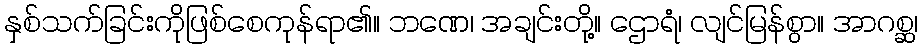
နှစ်သက်ခြင်းကိုဖြစ်စေကုန်ရာ၏။ ဘဏေ၊ အချင်းတို့။ ဌောရံ၊ လျင်မြန်စွာ။ အာဂစ္ဆ၊